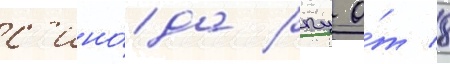
с'ино́да рпц о́т 8